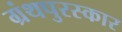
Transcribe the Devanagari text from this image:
ग्रंथपुरस्कार